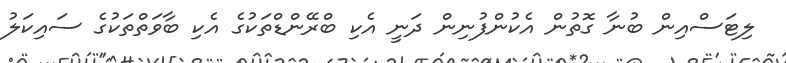
ލިޓަސްއިން ބުނާ ގޮތުން އެކުންފުނިން ދަނީ އެކި ބްރޭންޑްތަކުގެ އެކި ބާވަތްތަކުގެ ސައިކަލު